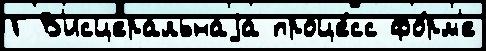
Г В'исцеральнаjа проце́сс фо́рм'е